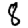
Digit: 8